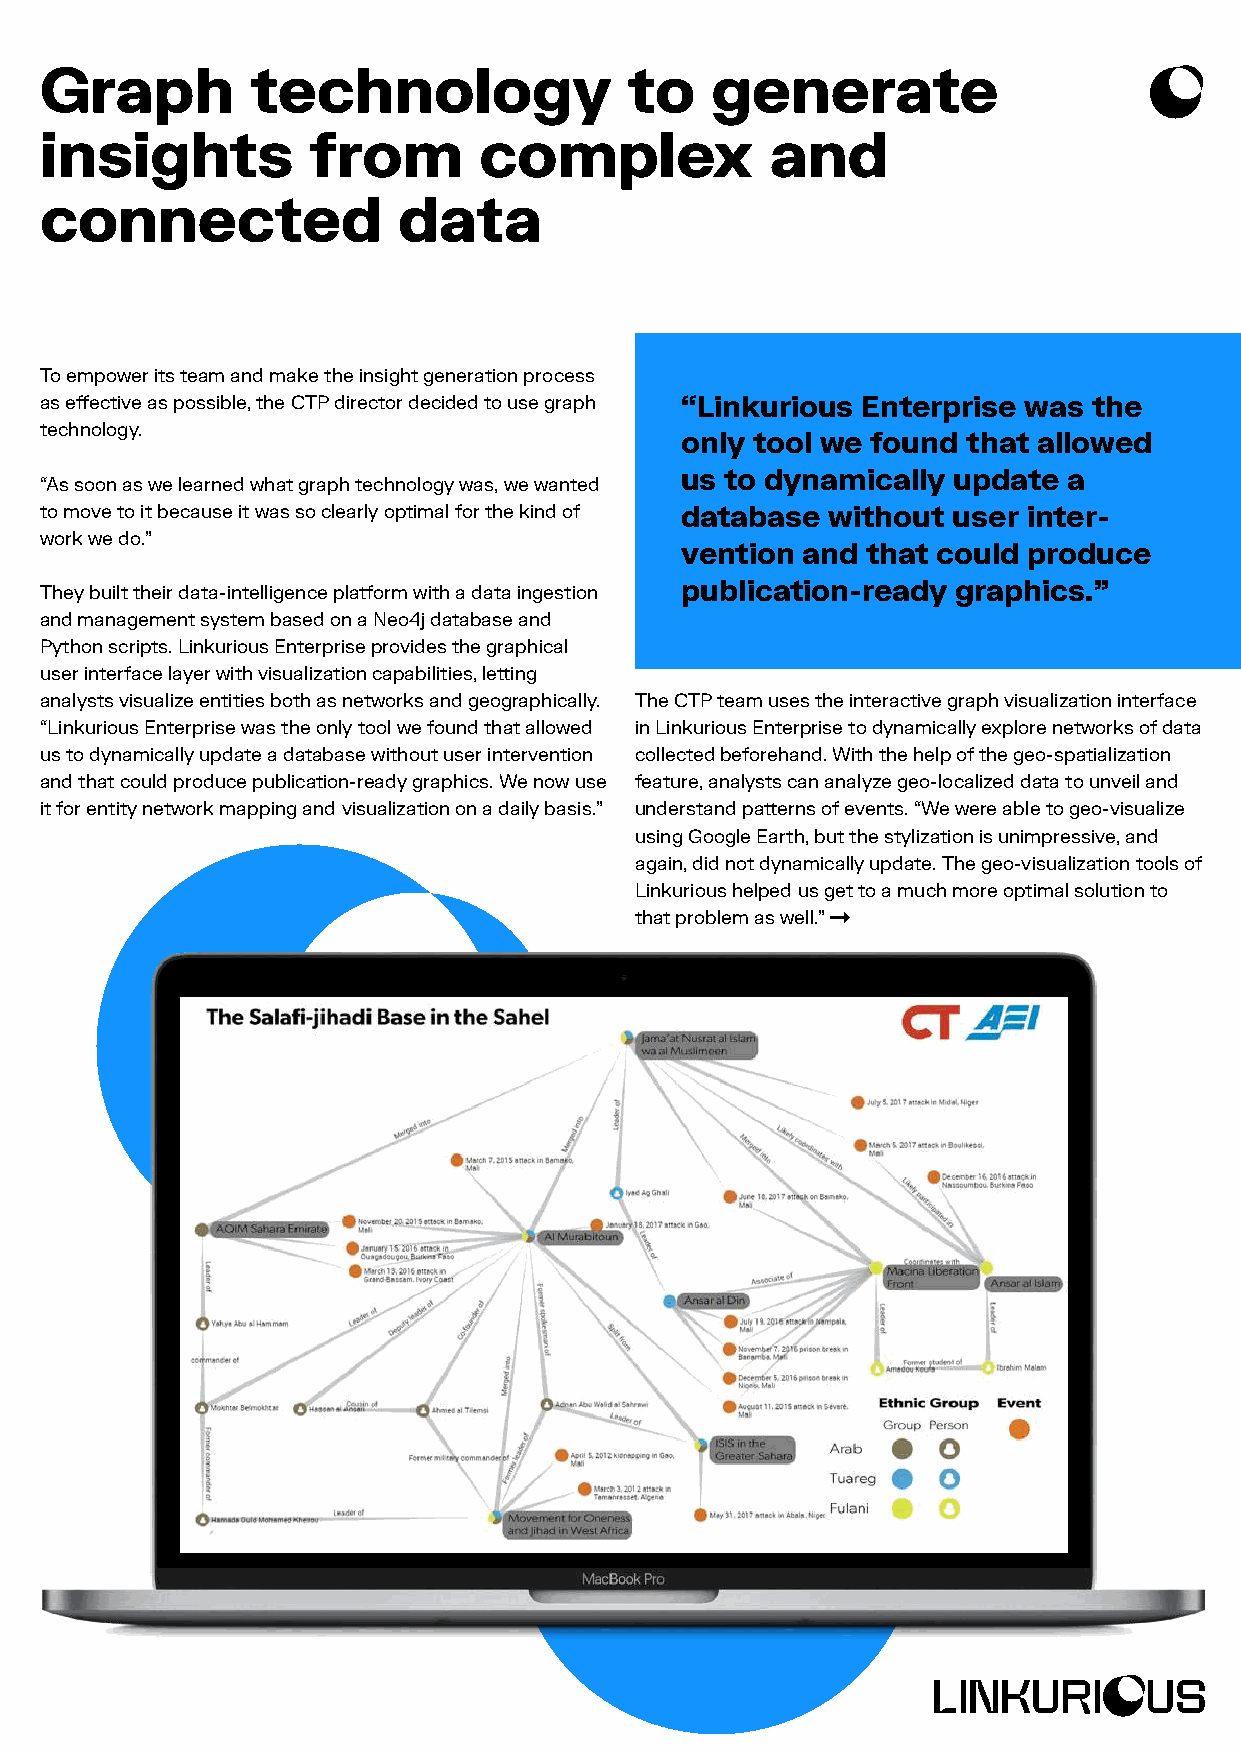
Graph         technology               to   generate
 insights         from        complex            and
 connected              data
 To empower its team and make the insight generation process
 as effective as possible, the CTP director decided to use graph “Linkurious Enterprise was the
 technology.
 only tool we found that allowed
 us to dynamically update  a
 “As soon as we learned what graph technology was, we wanted
 to move to it because it was so clearly optimal for the kind of database without user inter-
 work we do.”
 vention and that could produce
 They built their data-intelligence platform with a data ingestion publication-ready graphics.”
 and management system based on a Neo4j database and
 Python scripts. Linkurious Enterprise provides the graphical
 user interface layer with visualization capabilities, letting
 analysts visualize entities both as networks and geographically. The CTP team uses the interactive graph visualization interface
 “Linkurious Enterprise was the only tool we found that allowed in Linkurious Enterprise to dynamically explore networks of data
 us to dynamically update a database without user intervention collected beforehand. With the help of the geo-spatialization
 and that could produce publication-ready graphics. We now use feature, analysts can analyze geo-localized data to unveil and
 it for entity network mapping and visualization on a daily basis.” understand patterns of events. “We were able to geo-visualize
 using Google Earth, but the stylization is unimpressive, and
 again, did not dynamically update. The geo-visualization tools of
 Linkurious helped us get to a much more optimal solution to
 that problem as well.”